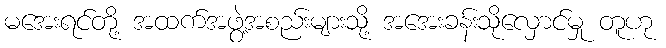
မအေးရင်တို့ အထက်အဖွဲ့အစည်းများသို့ အအေးခန်းသိုလှောင်မှု တူဟု